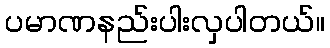
ပမာဏနည်းပါးလှပါတယ်။